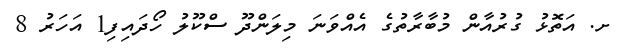
ށ. އަތޮޅު ގުރުއާން މުބާރާތުގެ އެއްވަނަ މިލަންދޫ ސްކޫލު ހޯދައިފި1 އަހަރު 8